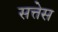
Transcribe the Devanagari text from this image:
सत्तेस